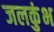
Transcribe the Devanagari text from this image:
जलकुंभ